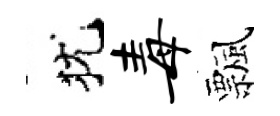
犹毒飄